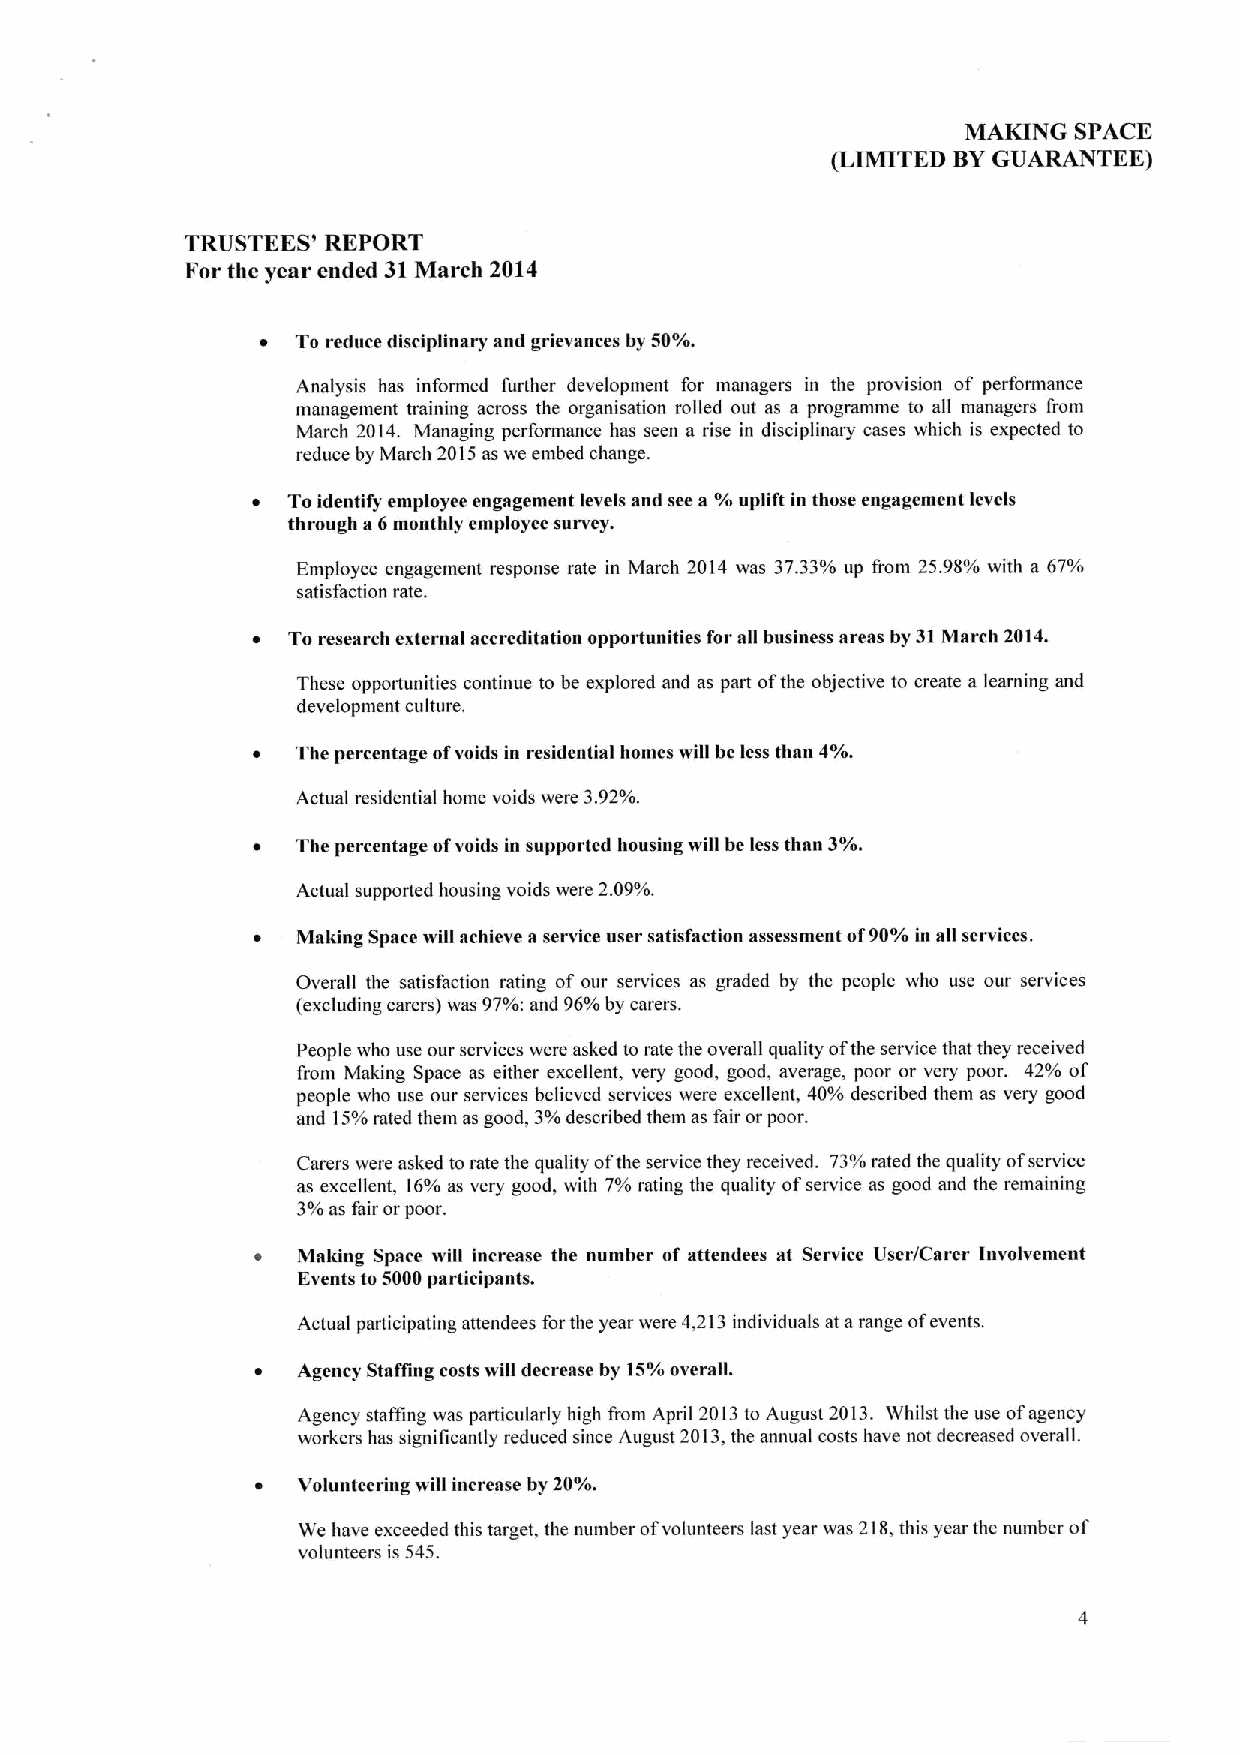
MAKING SPACE
 (LIMITED BYGUARANTEE)
 TRUSTEES' REPORT
 For the year ended 31March 2014
 ~  To reduce disciplinary and grievances by 50%.
 Analysis has informed further development for managers in the provision of performance
 management training across the organisation rolled out as a programme to all managers from
 March 2014. Managing performance has seen a rise in disciplinary cases which is expected to
 reduce by March 2015as we embed change.
 ~ Toidentify employee engagement levels and see a '/s uplift in those engagement levels
 through a6monthly employee survey.
 Employee engagement response rate in March 2014 was 37.33%up from 25.98%with a 67%
 satisfaction rate.
 ~ Toresearch external accreditation opportunities for all business areas by 31March 2014.
 These opportunities continue to be explored and as part ofthe objective to create a learning and
 development culture.
 The percentage ofvoids in resideatial homes will be less than 4%.
 Actual residential home voids were 3.92%.
 The percentage ofvoids in supported housing will be less than 3%.
 Actual supported housing voids were 2.09%.
 Making Space will achieve aservice user satisfaction assessment of90/o in all services.
 Overall the satisfaction rating of our services as graded by the people who use our services
 (excluding carcrs) was 97%:and 96%by carers.
 People who use our services were asked torate the overall quality ofthe service that they received
 from Making Space as either excellent, very good, good, average, poor or very poor. 42% of
 people who use our services believed services were excellent, 40%described them as very good
 and 15%rated them as good, 3%described them as fair or poor.
 Carers were asked torate the quality ofthe service they received. 73%rated the quality ofservice
 as excellent, 16%as very good, with 7%rating the quality ofservice as good and the remaining
 3%as fair or poor.
 Making Space will increase the number of attendees at Service User/Carer Involvement
 Events to 5000participants.
 Actual participating attendees forthe year were 4,213individuals at arange ofevents.
 Agency Staffing costs will decrease by 15%overalL
 Agency staffing was particularly high from April 2013to August 2013. Whilst the use ofagency
 workers has significantly reduced since August 2013,the annual costs have not decreased overall.
 Volunteering will increase by 20%.
 We have exceeded this target, the number ofvolunteers last year was 218,this year the number of
 volunteers is 545.